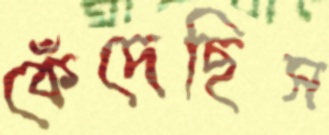
কেঁদেছিস